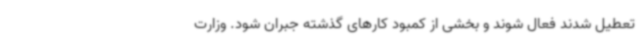
تعطیل شدند فعال شوند و بخشی از کمبود کارهای گذشته جبران شود. وزارت